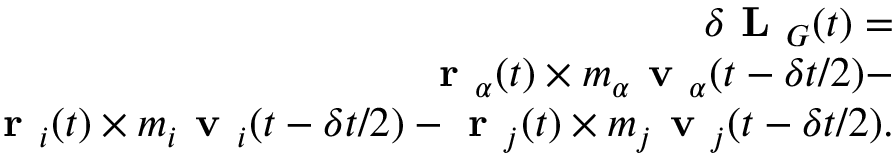
\begin{array} { r } { \delta \textbf { L } _ { G } ( t ) = } \\ { \textbf { r } _ { \alpha } ( t ) \times m _ { \alpha } \textbf { v } _ { \alpha } ( t - \delta t / 2 ) - } \\ { \textbf { r } _ { i } ( t ) \times m _ { i } \textbf { v } _ { i } ( t - \delta t / 2 ) - \textbf { r } _ { j } ( t ) \times m _ { j } \textbf { v } _ { j } ( t - \delta t / 2 ) . } \end{array}